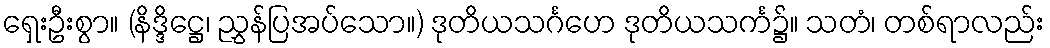
ရှေးဦးစွာ။ (နိဒ္ဒိဋ္ဌေ၊ ညွှန်ပြအပ်သော။) ဒုတိယသင်္ဂဟေ ဒုတိယသင်္က၌။ သတံ၊ တစ်ရာလည်း